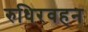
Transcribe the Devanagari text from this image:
रुधिरवहन